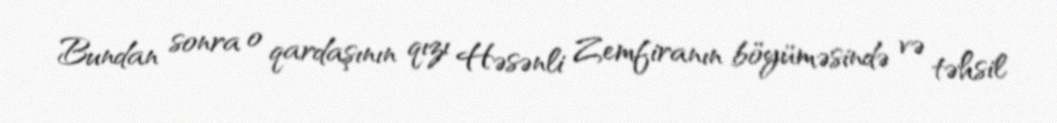
Bundan sonra o qardaşının qızı Həsənli Zemfiranın böyüməsində və təhsil